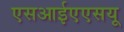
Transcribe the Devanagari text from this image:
एसआईएएसयू